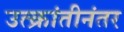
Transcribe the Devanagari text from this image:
उत्क्रांतीनंतर